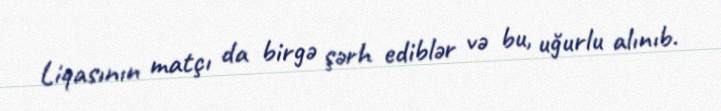
Liqasının matçı da birgə şərh ediblər və bu, uğurlu alınıb.